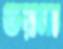
ভরনা